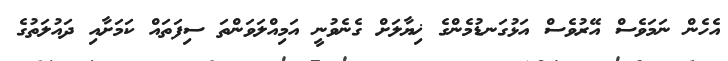
އެހެން ނަމަވެސް އޭރުވެސް އަޅުގަނޑުމެންގެ ޚިޔާލަށް ގެނެވުނީ އަމިއްލަވަންތަ ސިފަތައް ކަމަށާއި ދައުލަތުގެ